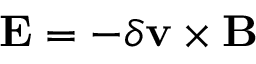
\mathbf { E } = - \delta \mathbf { v } \times \mathbf { B }